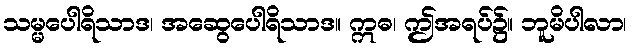
သမ္မပေါရိသာဒ၊ အဆွေပေါရိသာဒ။ ဣဓ၊ ဤအရပ်၌။ ဘူမိပါလာ၊